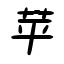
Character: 苹